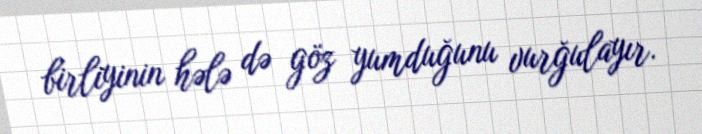
birliyinin hələ də göz yumduğunu vurğulayır.